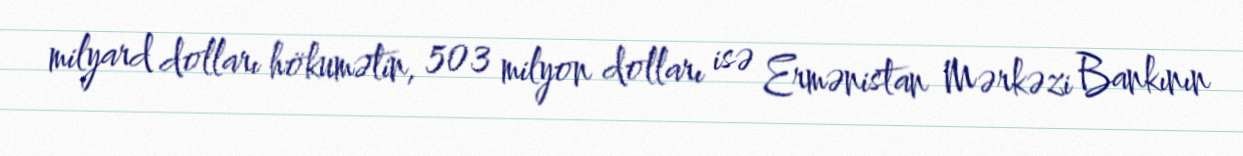
milyard dolları hökumətin, 503 milyon dolları isə Ermənistan Mərkəzi Bankının